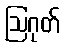
ဩဂုတ်